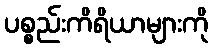
ပစ္စည်းကိရိယာများကို